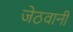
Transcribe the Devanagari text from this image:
जेठवानी